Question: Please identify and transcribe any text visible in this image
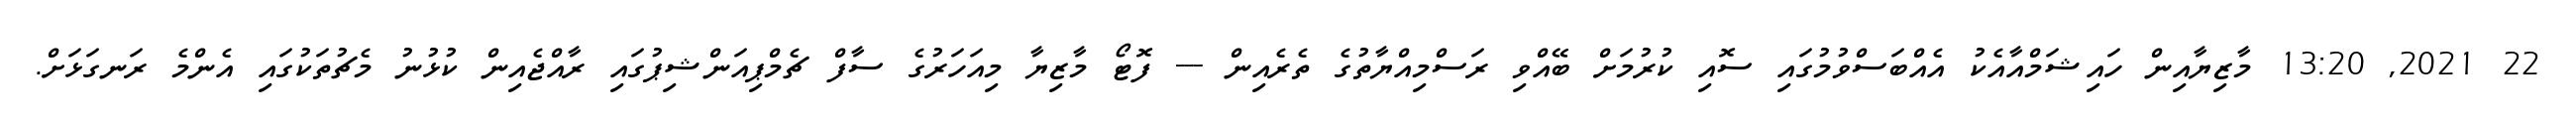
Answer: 22 2021, 13:20 މާޒިޔާއިން ހައިޝަމްއާއެކު އެއްބަސްވުމުގައި ސޮއި ކުރުމަށް ބޭއްވި ރަސްމިއްޔާތުގެ ތެރެއިން --- ފޮޓޯ މާޒިޔާ މިއަހަރުގެ ސާފް ޗެމްޕިއަންޝިޕުގައި ރާއްޖެއިން ކުޅުނު މެޗުތަކުގައި އެންމެ ރަނގަޅަށް.